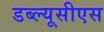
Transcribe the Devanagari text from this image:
डब्ल्यूसीएस